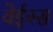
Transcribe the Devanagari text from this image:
वेईस्स